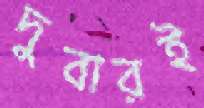
দুবারই